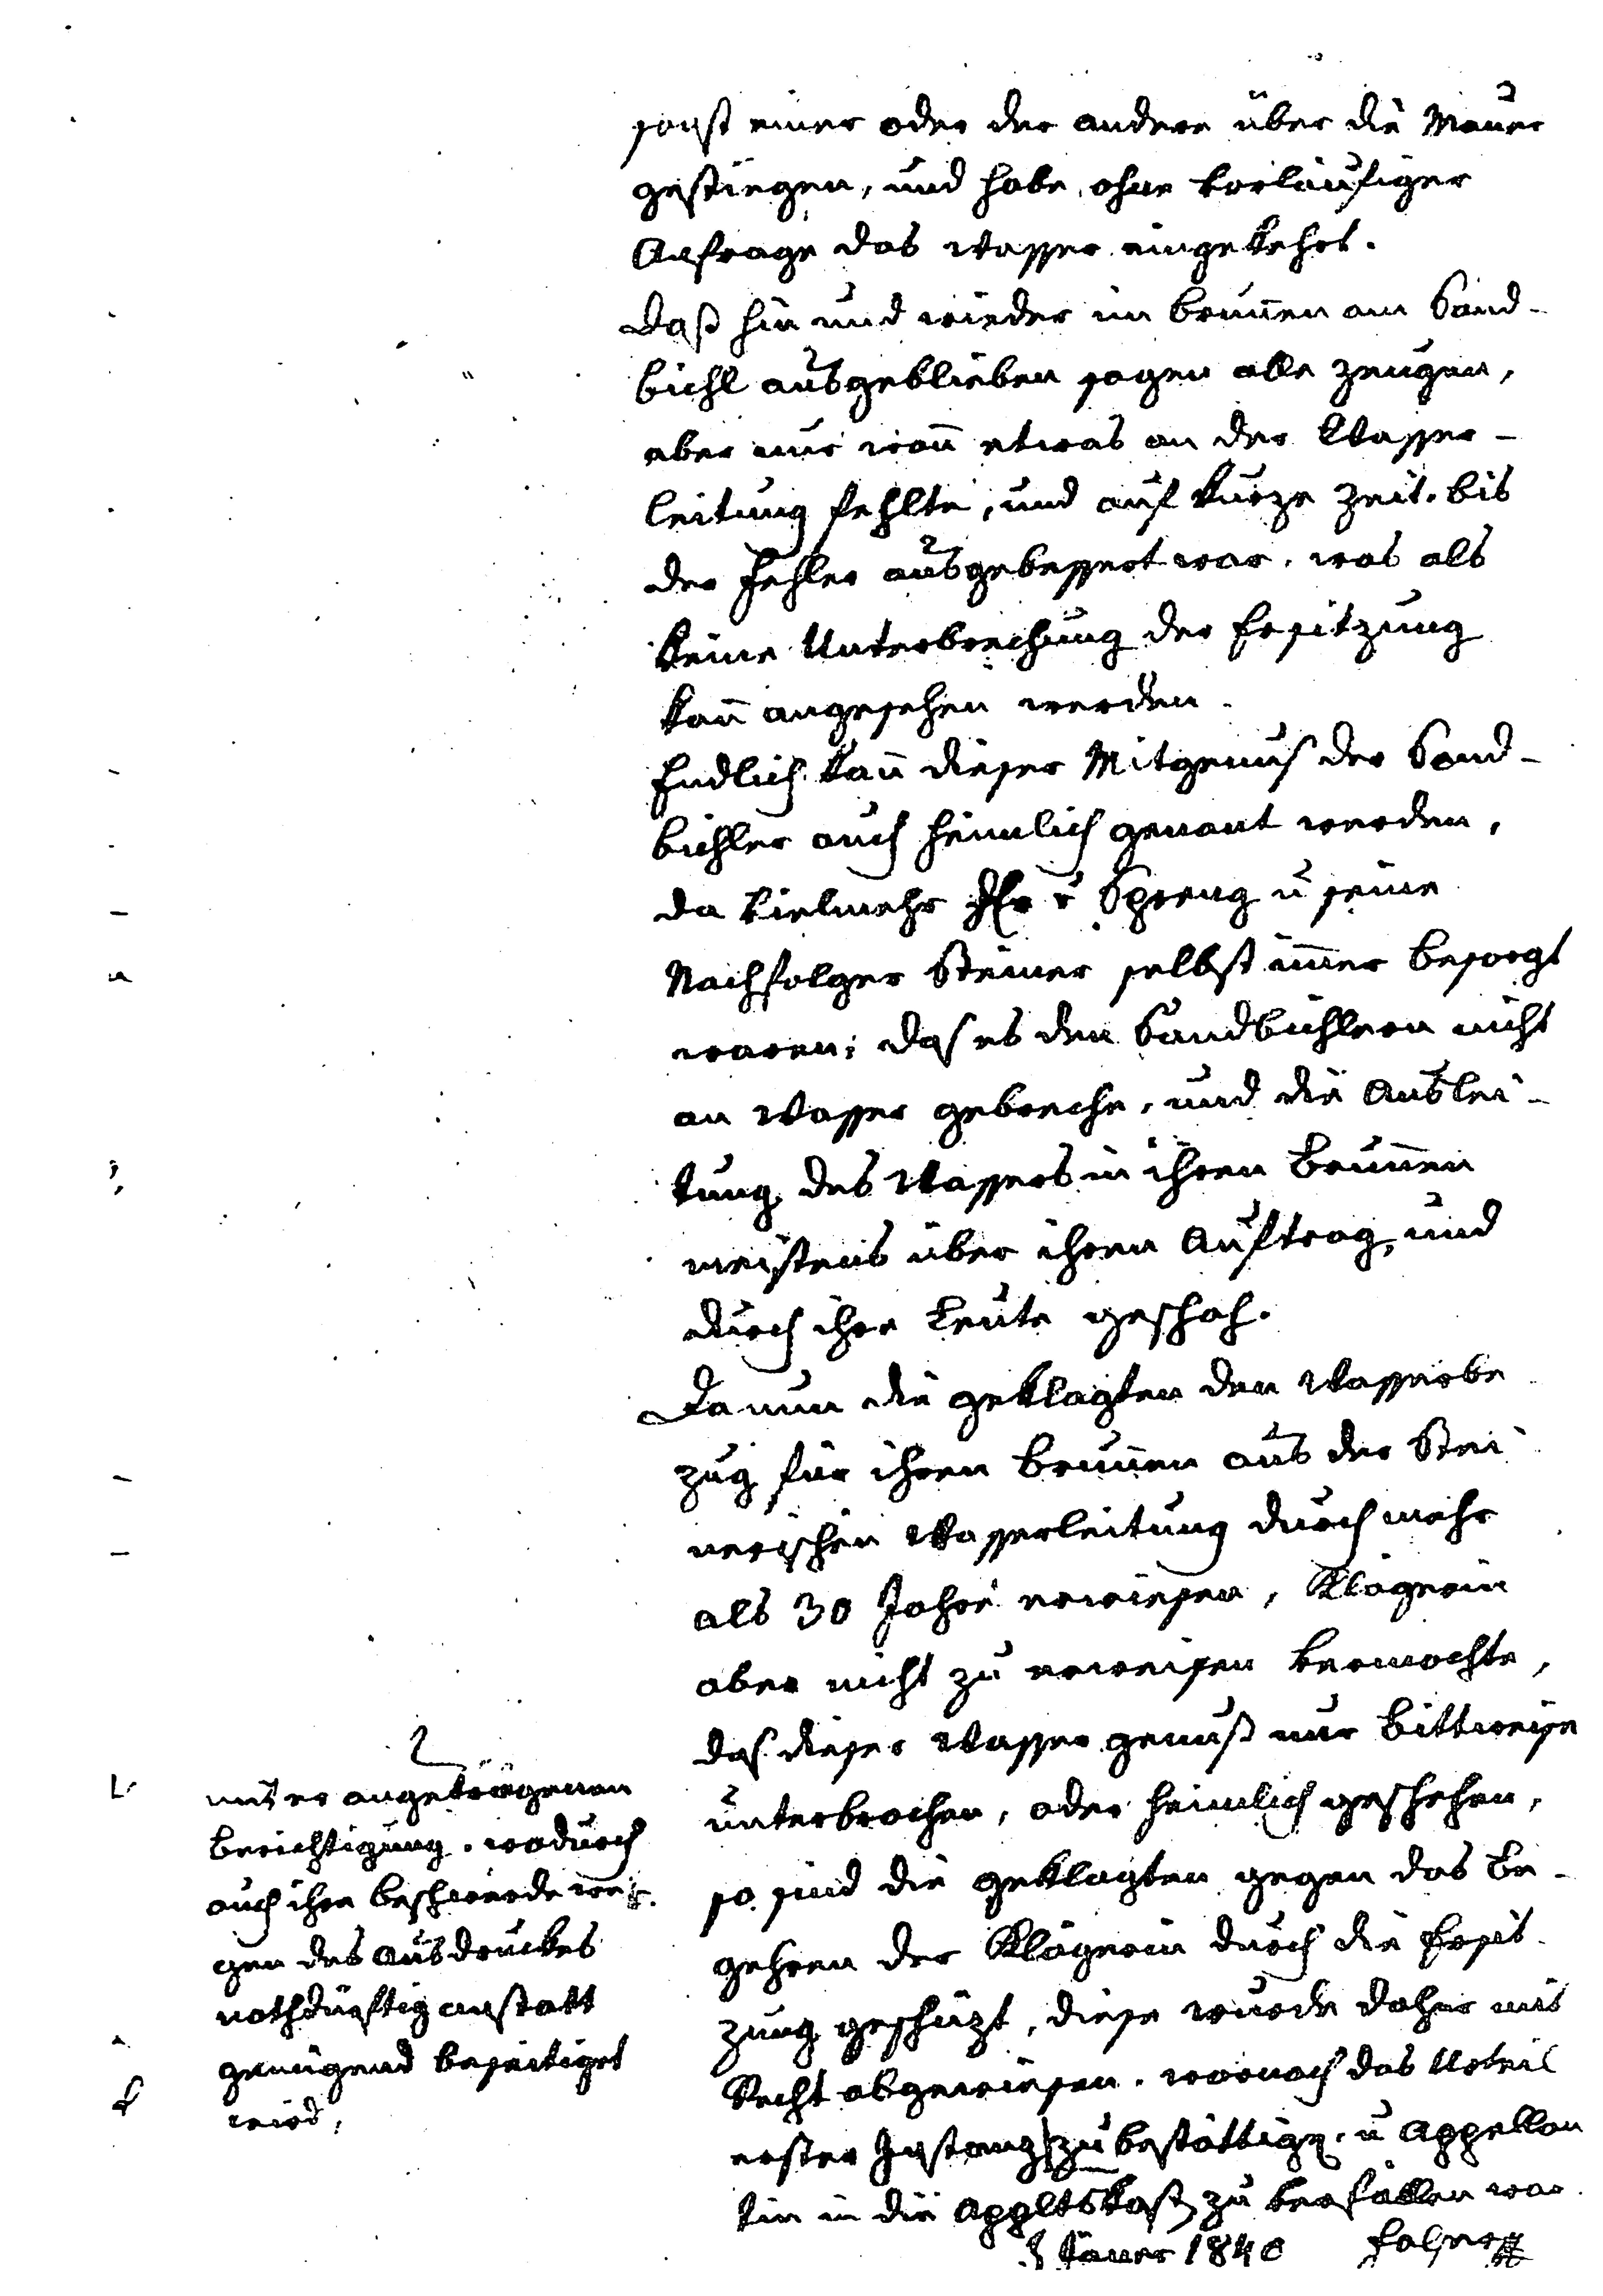
sonst einer oder der andere über die Mauer
gestiegen, und habe ohne vorläufiger
Anfrage das Wasser eingekehrt.
Daß hin und wieder ein Brunnen am Sand¬
bichl ausgeblieben sagen alle Zeugen,
aber nur wann etwas an der Wasser¬
leitung fehlte, und auf kurze Zeit, bis
das Fehlen ausgebesert war, was als
keine Unterbrechung der Ersitzung
kann angesehen werden.
Endlich kann dieser Mitgenus der Sand¬
bichler auch heimlich genant werden,
da vielmehr H v Spreng u. seine
Nachfolger Steiner selbst immer besorgt
waren, daß es den Sandbichlern nicht
an Wasser gebreche, und die Auslei¬
tung des Wassers in ihrem Brunnen
meistens über ihren Auftrag, und
durch ihre Leute geschah.
Da nun die Geklagten den Wasserbe¬
zug für ihren Brunnen aus der Stei¬
nerischen Wasserleitung durch mehr
als 30 Jahre erwiesen, Klägerin
aber nicht zu erweisen vermochte,
daß dieser Wasser Genuß nur Bittweise
unterbrochen, oder heimlich geschehen,
so sind die Geklagten gegen das Be¬
gehren der Klägerin durch die Ersit¬
zung geschüzt, diese wurde daher mit
Recht abgewiesen, wornach das Urteil
erster Instanz # zu bestätigen u Appelan¬
tin in die Appltskaß zu verfällen war.
3. Jänner 1840 Falser #

#
unter angetragenen
Berichtigung, wodurch
auch ihre Beschwerde we¬
gen des Ausdruckes
nothdürfig anstatt
genügend beseitiget
wird.